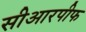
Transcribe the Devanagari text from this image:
सीआरपीफ